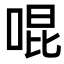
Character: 𪡓